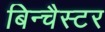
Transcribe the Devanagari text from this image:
बिन्चैस्टर